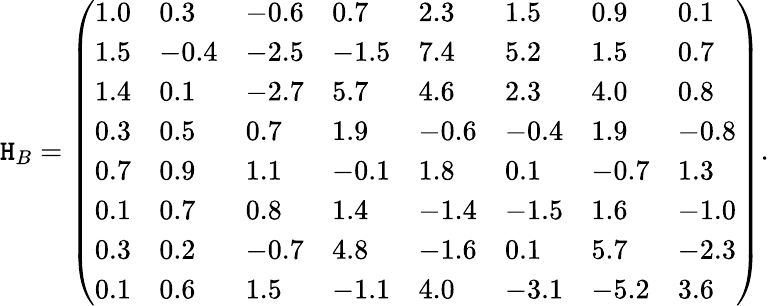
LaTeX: \mathtt{H}_{B}=\left(\begin{array}{llllllll}{1.0}&{0.3}&{-0.6}&{0.7}&{2.3}&{1.5}&{0.9}&{0.1}\\ {1.5}&{-0.4}&{-2.5}&{-1.5}&{7.4}&{5.2}&{1.5}&{0.7}\\ {1.4}&{0.1}&{-2.7}&{5.7}&{4.6}&{2.3}&{4.0}&{0.8}\\ {0.3}&{0.5}&{0.7}&{1.9}&{-0.6}&{-0.4}&{1.9}&{-0.8}\\ {0.7}&{0.9}&{1.1}&{-0.1}&{1.8}&{0.1}&{-0.7}&{1.3}\\ {0.1}&{0.7}&{0.8}&{1.4}&{-1.4}&{-1.5}&{1.6}&{-1.0}\\ {0.3}&{0.2}&{-0.7}&{4.8}&{-1.6}&{0.1}&{5.7}&{-2.3}\\ {0.1}&{0.6}&{1.5}&{-1.1}&{4.0}&{-3.1}&{-5.2}&{3.6}\end{array}\right).